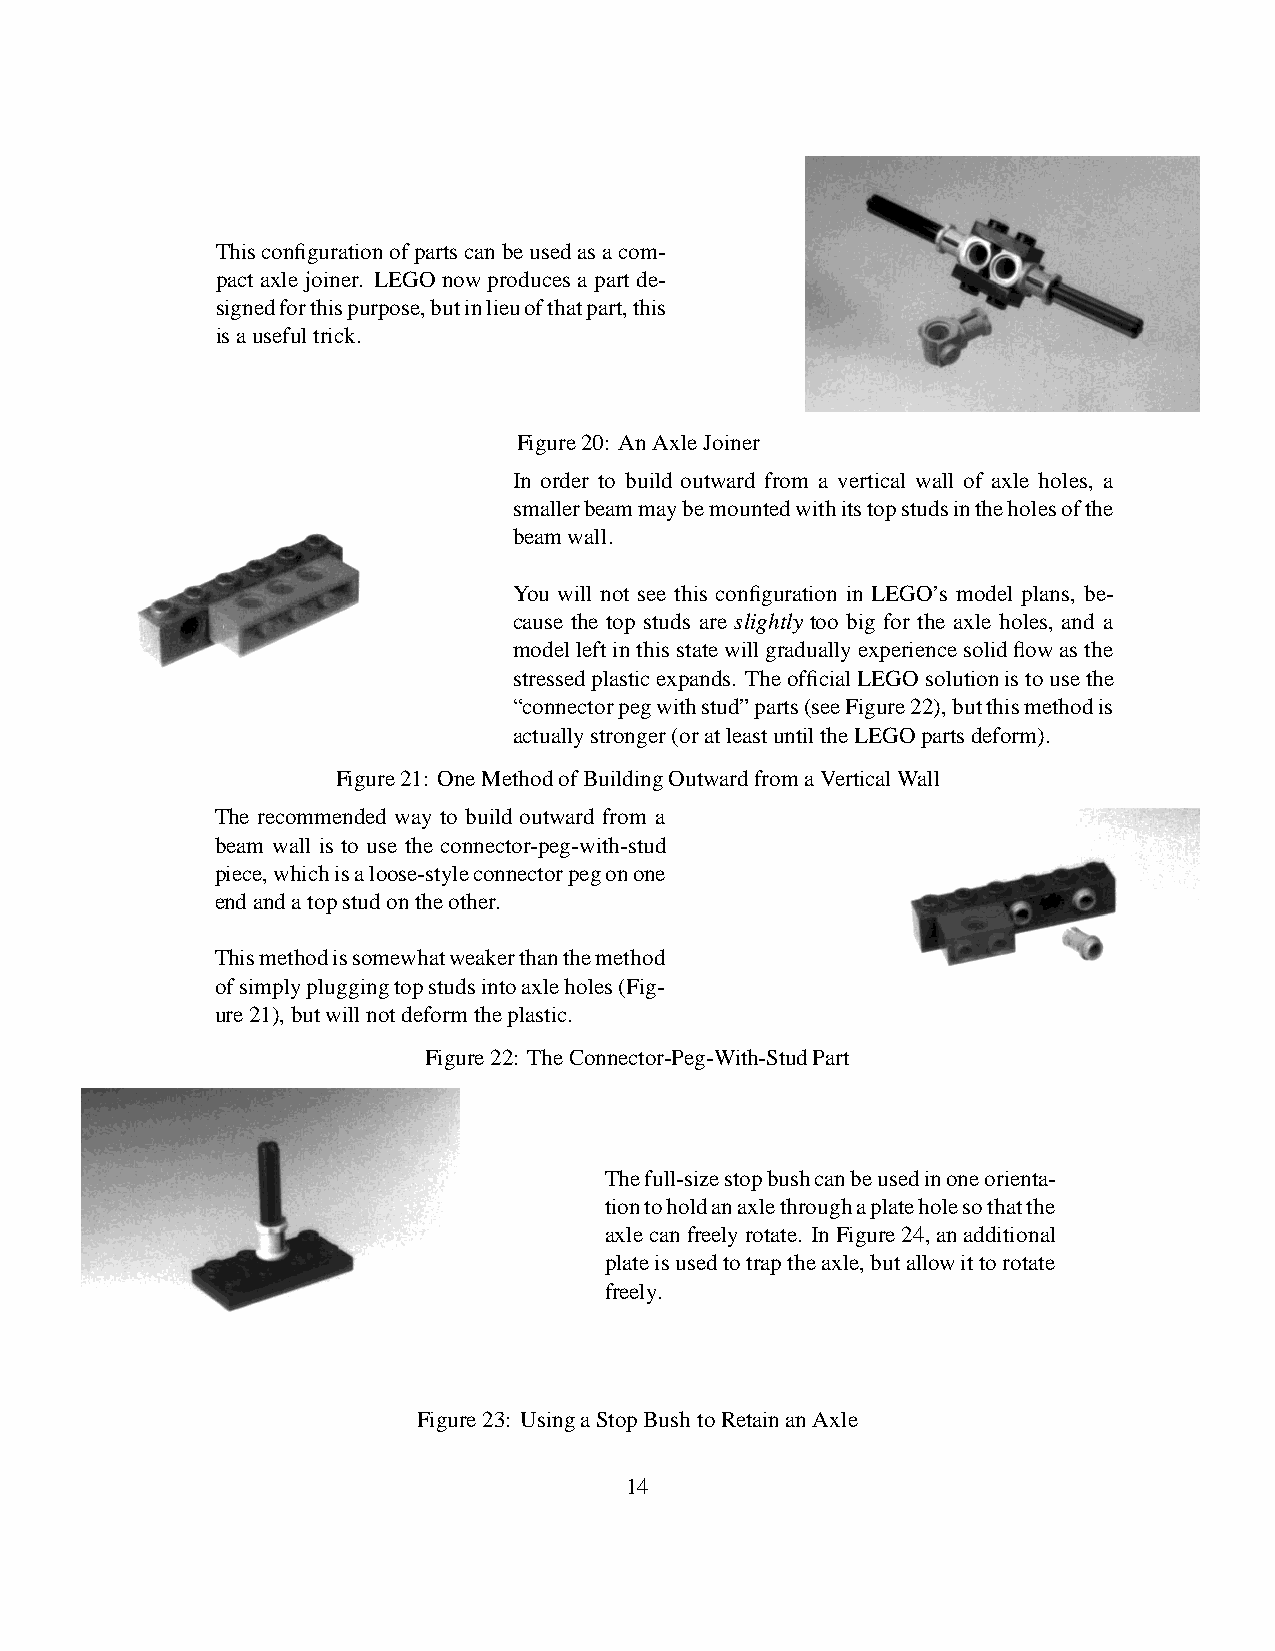
Thisconfigurationofpartscanbeusedasacom-
 pact axle joiner. LEGO nowproduces a part de-
 signedforthispurpose,butinlieuofthatpart,this
 isausefultrick.
 Figure20: AnAxleJoiner
 In order to build outward from a vertical wall of axle holes, a
 smallerbeammaybemountedwithitstopstudsintheholesofthe
 beamwall.
 You will not see this configuration in LEGO’s model plans, be-
 cause the top studs are slightly too big for the axle holes, and a
 modelleftinthisstatewillgraduallyexperiencesolidflowasthe
 stressedplasticexpands. TheofficialLEGOsolutionistousethe
 “connectorpegwithstud”parts(seeFigure22),butthismethodis
 actuallystronger(oratleastuntiltheLEGOpartsdeform).
 Figure21: OneMethodofBuildingOutwardfromaVerticalWall
 The recommended way to build outward from a
 beam wall is to use the connector-peg-with-stud
 piece,whichisaloose-styleconnectorpegonone
 endandatopstudontheother.
 Thismethodissomewhatweakerthanthemethod
 ofsimplypluggingtopstudsintoaxleholes(Fig-
 ure21),butwillnotdeformtheplastic.
 Figure22: TheConnector-Peg-With-StudPart
 Thefull-sizestopbushcanbeusedinoneorienta-
 tiontoholdanaxlethroughaplateholesothatthe
 axlecanfreelyrotate. InFigure24,anadditional
 plateisusedtotraptheaxle,butallowittorotate
 freely.
 Figure23: UsingaStopBushtoRetainanAxle
 14